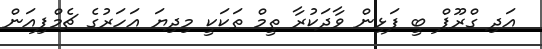
އަދި ގްރޫޕް ބީ ފަޅިން ވާދަކުރާ ތީމް ތަކަކީ މިދިޔަ އަހަރުގެ ޗެމްޕިއަން